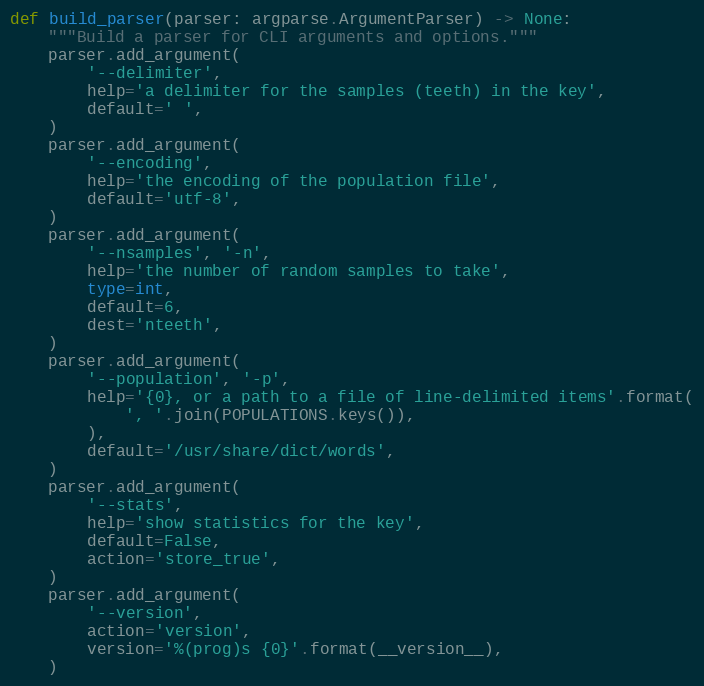
Language: Python
def build_parser(parser: argparse.ArgumentParser) -> None:
    """Build a parser for CLI arguments and options."""
    parser.add_argument(
        '--delimiter',
        help='a delimiter for the samples (teeth) in the key',
        default=' ',
    )
    parser.add_argument(
        '--encoding',
        help='the encoding of the population file',
        default='utf-8',
    )
    parser.add_argument(
        '--nsamples', '-n',
        help='the number of random samples to take',
        type=int,
        default=6,
        dest='nteeth',
    )
    parser.add_argument(
        '--population', '-p',
        help='{0}, or a path to a file of line-delimited items'.format(
            ', '.join(POPULATIONS.keys()),
        ),
        default='/usr/share/dict/words',
    )
    parser.add_argument(
        '--stats',
        help='show statistics for the key',
        default=False,
        action='store_true',
    )
    parser.add_argument(
        '--version',
        action='version',
        version='%(prog)s {0}'.format(__version__),
    )